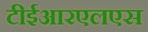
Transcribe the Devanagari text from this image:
टीईआरएलएस